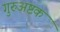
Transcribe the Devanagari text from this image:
गुरुअष्टक